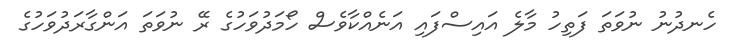
ހެނދުނު ނުވަތަ ފަތިހު މާލެ އައިސްފައި އަނެއްކާވެސް ހޯމަދުވަހުގެ ރޭ ނުވަތަ އަންގާރަދުވަހުގެ